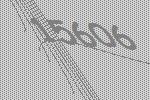
15606